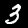
Label: 3